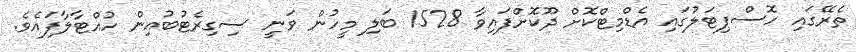
ތެރޭގައި ހޮސްޕިޓަލުގައި އެޑްމިޓްކޮށް ދޫކޮށްފައިވާ 1528 ބަލި މީހުން ވަނީ ސިގިރެޓުބުއިން ހުއްޓާލާފައެވެ.